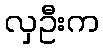
လှဦးက